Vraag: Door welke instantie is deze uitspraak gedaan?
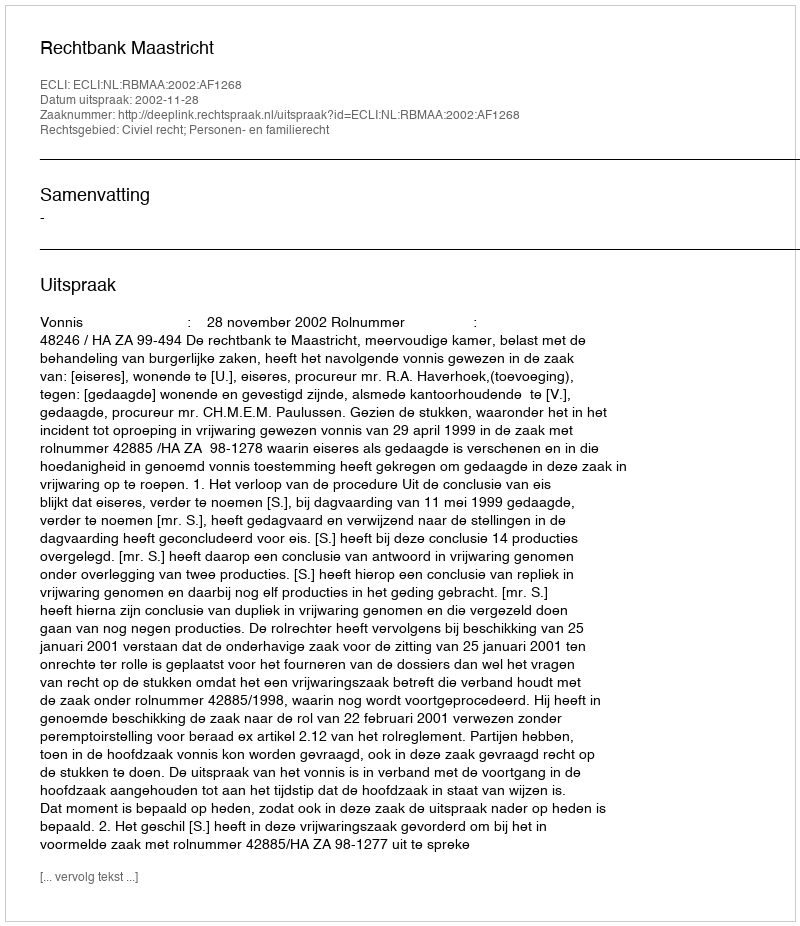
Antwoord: Rechtbank Maastricht